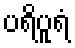
ပရိပူရံ